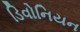
ડિવોનિયન